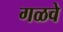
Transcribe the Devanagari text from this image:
गळवे